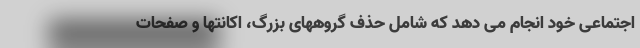
اجتماعی خود انجام می دهد که شامل حذف گروههای بزرگ، اکانتها و صفحات